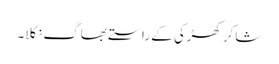
شاکر کھڑکی کے راستے بھاگ نکلا۔